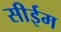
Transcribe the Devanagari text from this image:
सीईम